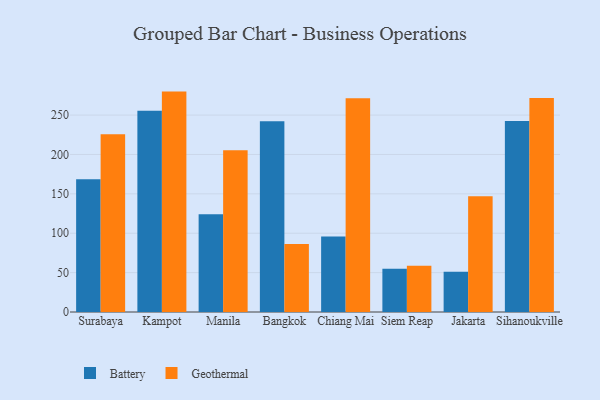
{"axis": {"x": "City", "y": "Headcount"}, "legend": ["Battery", "Geothermal"], "data": [{"x": "Surabaya", "y": 168.6, "type": "Battery"}, {"x": "Surabaya", "y": 225.8, "type": "Geothermal"}, {"x": "Kampot", "y": 255.4, "type": "Battery"}, {"x": "Kampot", "y": 279.8, "type": "Geothermal"}, {"x": "Manila", "y": 124.2, "type": "Battery"}, {"x": "Manila", "y": 205.4, "type": "Geothermal"}, {"x": "Bangkok", "y": 242.3, "type": "Battery"}, {"x": "Bangkok", "y": 86.4, "type": "Geothermal"}, {"x": "Chiang Mai", "y": 95.7, "type": "Battery"}, {"x": "Chiang Mai", "y": 271.2, "type": "Geothermal"}, {"x": "Siem Reap", "y": 54.8, "type": "Battery"}, {"x": "Siem Reap", "y": 58.7, "type": "Geothermal"}, {"x": "Jakarta", "y": 51.0, "type": "Battery"}, {"x": "Jakarta", "y": 146.9, "type": "Geothermal"}, {"x": "Sihanoukville", "y": 242.6, "type": "Battery"}, {"x": "Sihanoukville", "y": 271.7, "type": "Geothermal"}]}